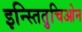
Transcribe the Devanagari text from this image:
इन्स्तितुचिओन